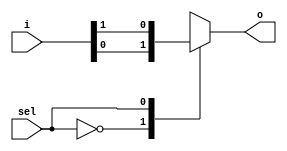
module mux_2x1(
	input [1:0]i,
	input sel,
	output reg o);
	
always@(*)
case(sel)
	1'b0 : o = i[0];
	1'b1 : o = i[1];
	default : o = 1'b0;
endcase

endmodule